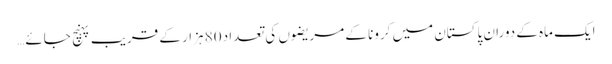
ایک ماہ کے دوران پاکستان میں کرونا کے مریضوں کی تعداد 80 ہزار کے قریب پہنچ جائے…